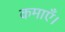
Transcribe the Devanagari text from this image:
कमाएँ।